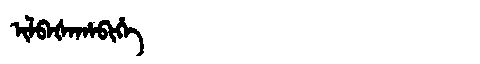
Manchu: ᡳᠯᠪᠠᡧᠠᡥᠠᠪᡳᡥᡝ
Romanization: ILBAŠAHABIHE